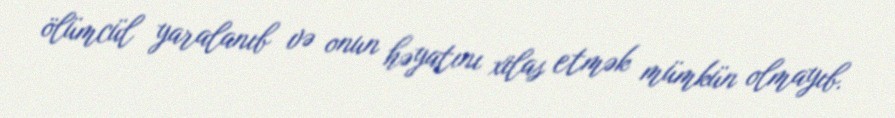
ölümcül yaralanıb və onun həyatını xilas etmək mümkün olmayıb.